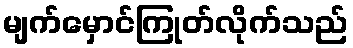
မျက်မှောင်ကြုတ်လိုက်သည်